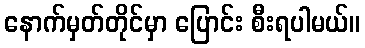
နောက်မှတ်တိုင်မှာ ပြောင်း စီးရပါမယ်။